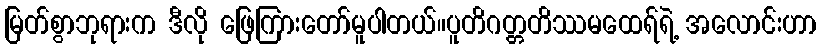
မြတ်စွာဘုရားက ဒီလို ဖြေကြားတော်မူပါတယ်။ပူတိဂတ္တတိဿမထေရ်ရဲ့ အလောင်းဟာ